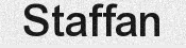
Staffan